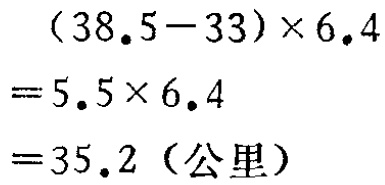
38. 有一块长方形试验田，长60丈，宽比长少15丈。去年这块地种玉米和高粱亩数的比是\(2:3\)，共产粮16.65吨。高粱平均亩产600斤，玉米平均亩产多少斤？